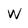
Character: W